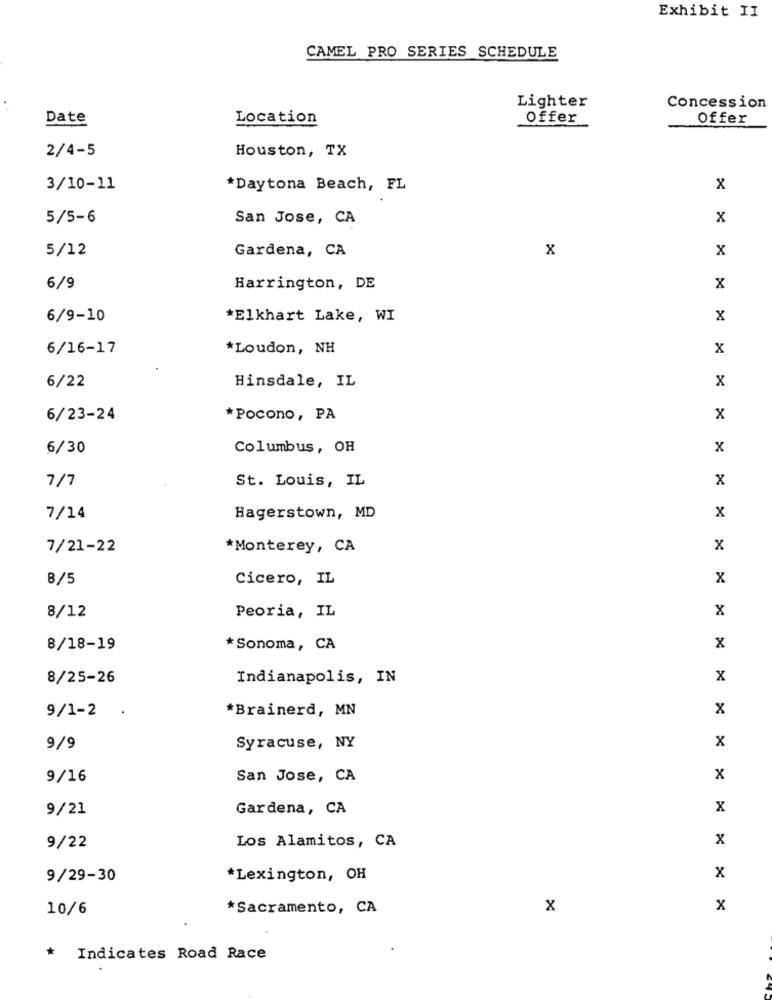
Exhibit II
CAMEL PRO SERIES SCHEDULE
Lighter
Concession
Date
Location
Offer
Offer
2/4-5
Houston, TX
3/10-11
*Daytona Beach, FL
x
5/5-6
San Jose, CA
x
Gardena, CA
X
x
5/12
6/9
Harrington, DE
x
6/9-10
*Elkhart Lake, WI
x
6/16-17
*Loudon, NH
x
6/22
x
Hinsdale, IL
6/23-24
* Pocono, PA
x
6/30
Columbus, OH
x
St. Louis, IL
x
7/7
x
7/14
Hagerstown, MD
7/21-22
*Monterey, CA
x
8/5
Cicero, IL
x
Peoria, IL
x
8/12
8/18-19
*Sonoma, CA
x
8/25-26
Indianapolis, IN
x
9/1-2
*Brainerd, MN
x
.
x
9/9
Syracuse, NY
9/16
San Jose, CA
x
9/21
Gardena, CA
x
Los Alamitos, CA
x
9/22
x
9/29-30
*Lexington, OH
10/6
*Sacramento, CA
x
x
*
Indicates Road Race